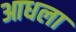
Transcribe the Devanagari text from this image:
आधला